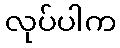
လုပ်ပါက